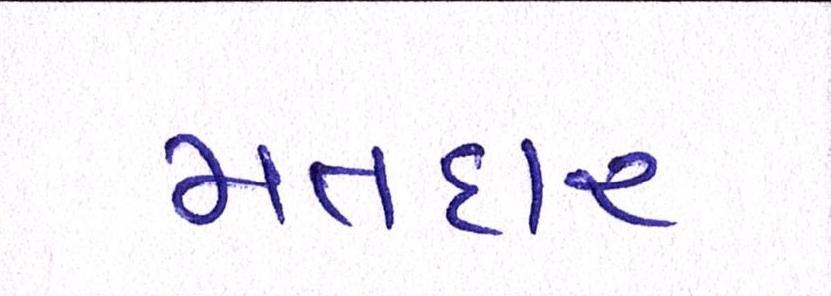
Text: મતદાર